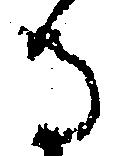
る